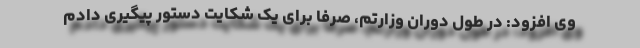
وی افزود: ‌در طول دوران وزارتم، صرفا برای یک شکایت دستور پیگیری دادم